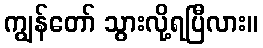
ကျွန်တော် သွားလို့ရပြီလား။